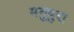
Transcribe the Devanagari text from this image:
मनुपुरा